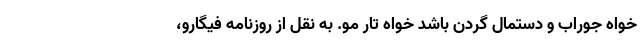
خواه جوراب و دستمال گردن باشد خواه تار مو. به نقل از روزنامه فیگارو،